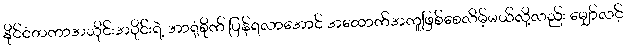
နိုင်ငံတကာအသိုင်းအဝိုင်းရဲ့ အာရုံစိုက် ပြန်ရလာအောင် အထောက်အကူဖြစ်စေလိမ့်မယ်လို့လည်း မျှော်လင့်